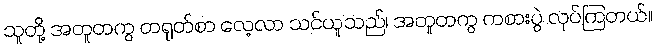
သူတို့ အတူတကွ တရုတ်စာ လေ့လာ သင်ယူသည်၊ အတူတကွ ကစားပွဲ လုပ်ကြတယ်။